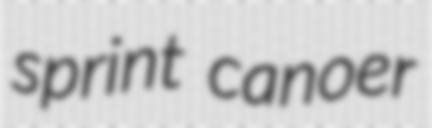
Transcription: sprint canoer